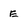
Character: E